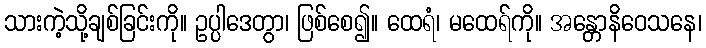
သားကဲ့သို့ချစ်ခြင်းကို။ ဥပ္ပါဒေတွာ၊ ဖြစ်စေ၍။ ထေရံ၊ မထေရ်ကို။ အန္တောနိဝေသနေ၊